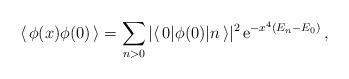
LaTeX: \begin{align*}\langle\, \phi(x) \phi(0) \,\rangle= \sum\limits_{n >0} | \langle\, 0 |\phi(0) | n \,\rangle |^2 \, {\rm e}^{- x^4 (E_n - E_0) } \,,\end{align*}